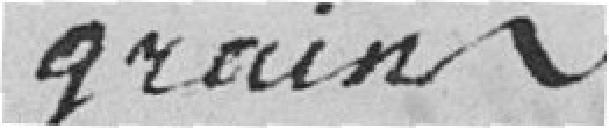
grains